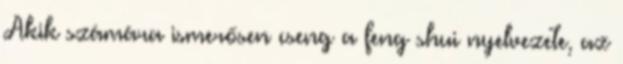
Akik számára ismerősen cseng a feng shui nyelvezete, az